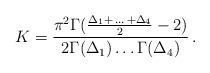
LaTeX: \begin{align*}K = \frac{\pi^2 \Gamma(\frac{\Delta_1 + \, \ldots \,+\Delta_4}{2} - 2)}{2 \Gamma(\Delta_1) \ldots \Gamma(\Delta_4)} \,.\end{align*}